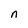
Character: n